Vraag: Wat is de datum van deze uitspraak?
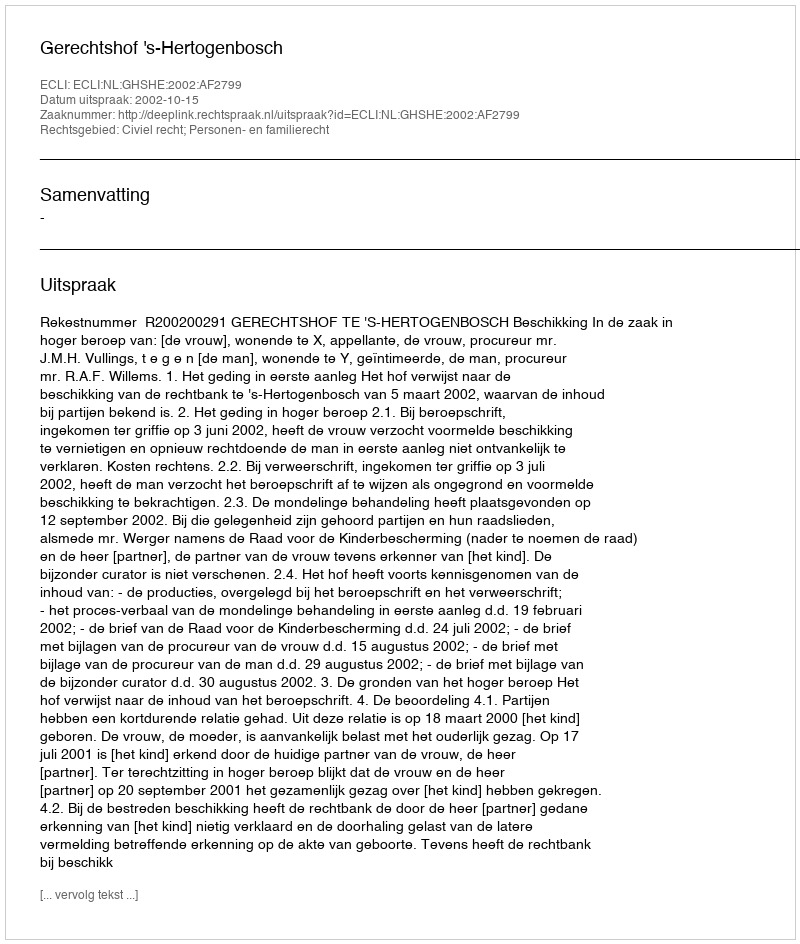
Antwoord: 2002-10-15